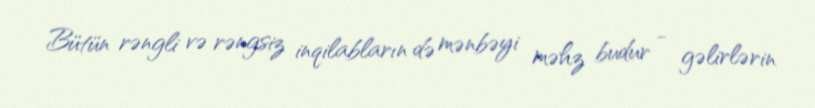
Bütün rəngli və rəngsiz inqilabların də mənbəyi məhz budur - gəlirlərin